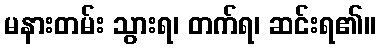
မနားတမ်း သွားရ၊ တက်ရ၊ ဆင်းရ၏။